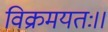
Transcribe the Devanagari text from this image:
विक्रमयतः।।